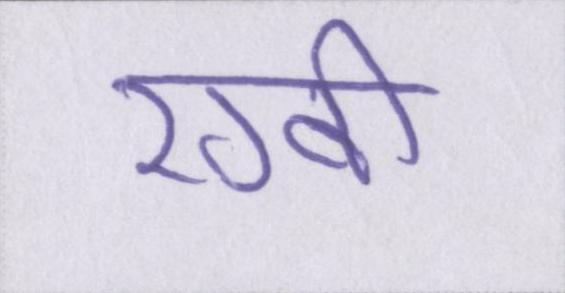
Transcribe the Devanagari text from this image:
रग्बी